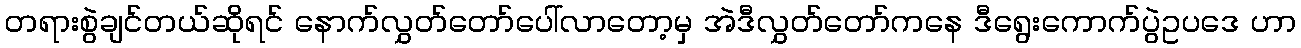
တရားစွဲချင်တယ်ဆိုရင် နောက်လွှတ်တော်ပေါ်လာတော့မှ အဲဒီလွှတ်တော်ကနေ ဒီရွေးကောက်ပွဲဥပဒေ ဟာ